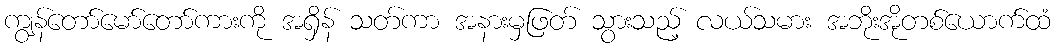
ကျွန်တော်မော်တော်ကားကို အရှိန် သတ်ကာ အနားမှဖြတ် သွားသည့် လယ်သမား အဘိုးအိုတစ်ယောက်ထံ